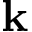
{ \bf k }